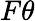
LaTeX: F\theta